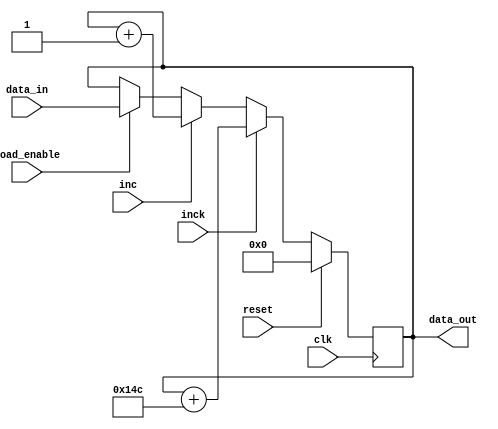
module reg_ac(
	input clk,
	input inc,
	input inck,
	input load_enable,
	input reset,

    input [15:0] data_in,
	output reg [15:0] data_out
);
						
localparam k=332; 
		
always @(posedge clk)
    begin
        if (load_enable)
            data_out <= data_in;
        if (inc)
            data_out <= data_out + 16'd1;
        if (inck)
            data_out <= data_out + k;
        if (reset)
            data_out <= 16'b0;
    end

endmodule